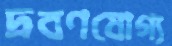
দ্রবণযোগ্য